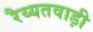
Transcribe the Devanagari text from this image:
रैय्यतवाड़ी